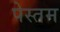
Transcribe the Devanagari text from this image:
पेस्तम